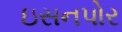
ઇસનપોર